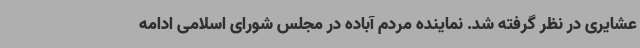
عشایری در نظر گرفته شد. نماینده مردم آباده در مجلس شورای اسلامی ادامه